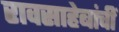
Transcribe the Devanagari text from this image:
रावसाहेबांचीं